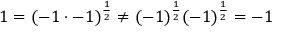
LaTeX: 1 = ( - 1 \cdot - 1 ) ^ { \frac { 1 } { 2 } } \not = ( - 1 ) ^ { \frac { 1 } { 2 } } ( - 1 ) ^ { \frac { 1 } { 2 } } = - 1